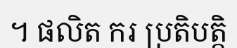
។ ផលិត ករ ប្រតិបត្តិ